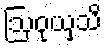
ဩဝုယှသိ